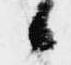
候